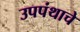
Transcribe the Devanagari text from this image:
उपपंथाचे